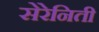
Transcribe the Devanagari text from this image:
सेरेनिती